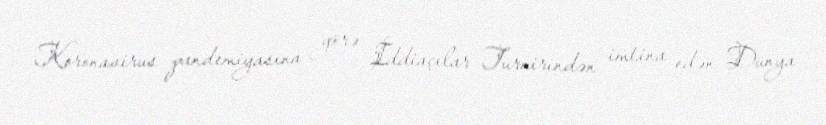
Koronavirus pandemiyasına görə İddiaçılar Turnirindən imtina edən Dünya